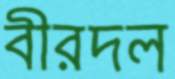
বীরদল